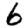
Digit: 6